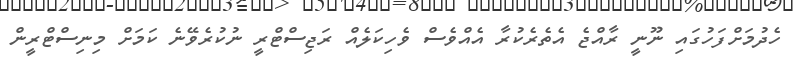
ހެދުމަށްފަހުގައި ނޫނީ ރާއްޖެ އެތެރެކުރާ އެއްވެސް ވެހިކަލެއް ރަޖިސްޓްރީ ނުކުރެވޭނެ ކަަމަށް މިނިސްޓްރީން